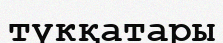
түкқатары